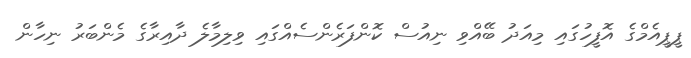
ޕީޕީއެމްގެ އޮފީހުގައި މިއަދު ބޭއްވި ނިއުސް ކޮންފަރެންސެއްގައި ވިލިމާލެ ދާއިރާގެ މެންބަރު ނިހާން